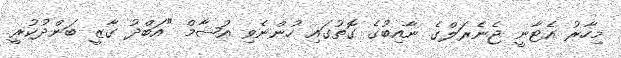
މިހާރު އެޓާނީ ޖެނެރަލްގެ ނާއިބުގެ ގޮތުގައި ހުންނެވި އުޝާމް "އަބްދު ގާޒީ ބަންދުކުރީ